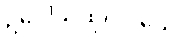
ဥပေါသထုပဝါသေ